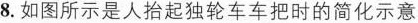
8.如图所示是人抬起独轮车车把时的简化示意